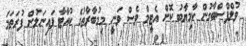
ވުލްފްސްބާގުން ކާމިޔާބު ކޮށް އެޓީމް ވެސް ވަނީ މިމުބާރާތުގެ ކުއާޓާ ފައިނަލުން ފުރަތަމަ